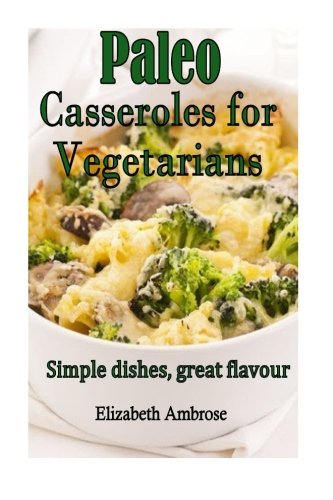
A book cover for Paleo  Casseroles for Vegetarians: Simple dishes, great flavor (Volume 1); Elizabeth Ambrose; Cookbooks, Food & Wine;